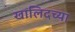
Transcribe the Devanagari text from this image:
खालिदच्या